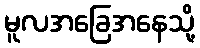
မူလအခြေအနေသို့